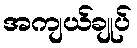
အကျယ်ချုပ်